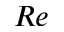
R e